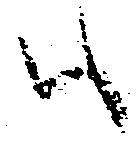
ハ